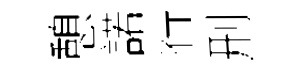
憩諾行刑